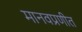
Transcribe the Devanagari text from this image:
मानवप्रणीत